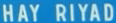
HAY RIYAD